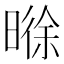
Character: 𬁊